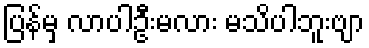
ပြန်မှ လာပါဦးမလား မသိပါဘူးဗျာ